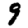
Digit: 9